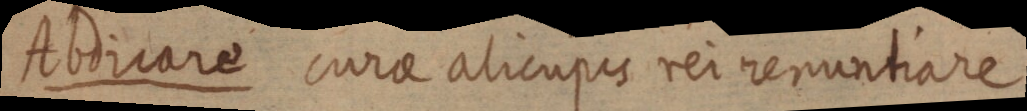
Abircare aorae alicupes rernenuntiare